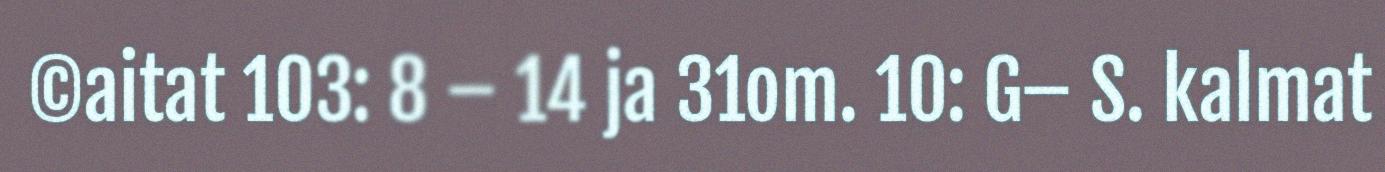
©aitat 103: 8 – 14 ja 31om. 10: G– S. kalmat